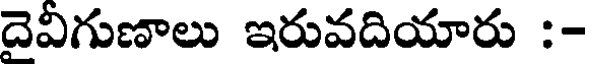
దెవిగుణాలు ఇరువదియారు :-